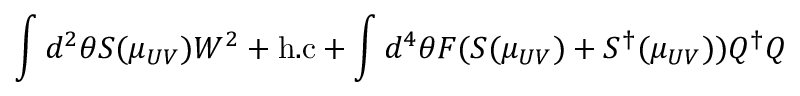
\int d ^ { 2 } \theta S ( \mu _ { U V } ) W ^ { 2 } + \mathrm { h . c } + \int d ^ { 4 } \theta F ( S ( \mu _ { U V } ) + S ^ { \dagger } ( \mu _ { U V } ) ) Q ^ { \dagger } Q